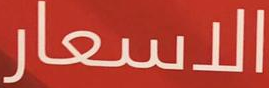
الاسعار